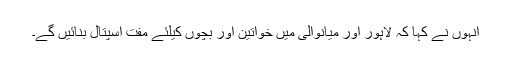
انہوں نے کہا کہ لاہور اور میانوالی میں خواتین اور بچوں کیلئے مفت اسپتال بنائیں گے۔